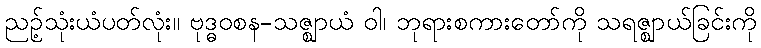
ညဉ့်သုံးယံပတ်လုံး။ ဗုဒ္ဓဝစန-သဇ္ဈာယံ ဝါ၊ ဘုရားစကားတော်ကို သရဇ္ဈာယ်ခြင်းကို